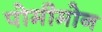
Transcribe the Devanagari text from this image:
पोमीमोन